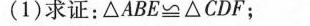
(1)求证：△ABE\cong △CDF；